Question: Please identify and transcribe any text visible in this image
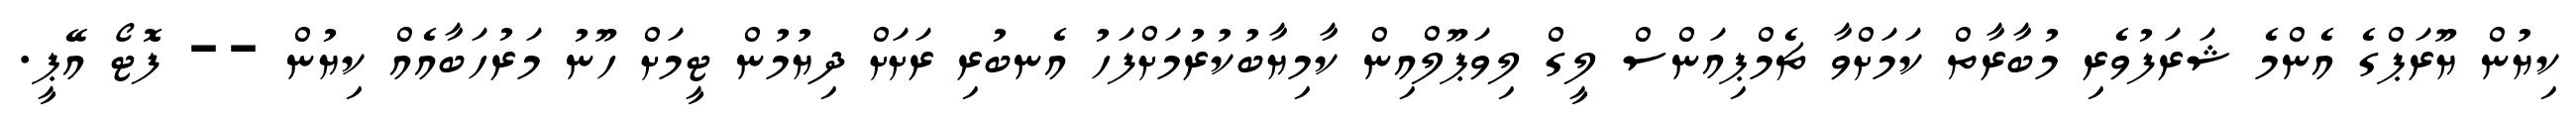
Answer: ކިޔުން ޔޫރަޕްގެ އެންމެ ޝަރަފުވެރި މުބާރާތް ކަމަށްވާ ޗެމްޕިއަންސް ލީގް ލިވަޕޫލްއިން ކާމިޔާބުކުރުމަށްފަހު އެނބުރި ރަށަށް ދިޔުމުން ޓީމަށް ހޫނު މަރުހަބާއެއް ކިޔުން -- ފޮޓޯ އޭޕީ.